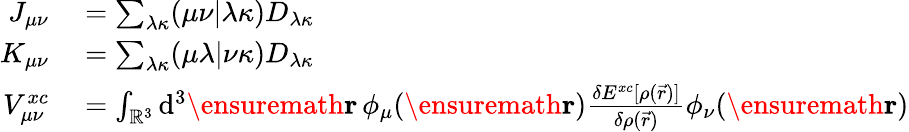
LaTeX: \begin{array}{rl}{J_{\mu\nu}}&{{}=\sum_{\lambda\kappa}(\mu\nu\vert\lambda\kappa)D_{\lambda\kappa}}\\ {K_{\mu\nu}}&{{}=\sum_{\lambda\kappa}(\mu\lambda\vert\nu\kappa)D_{\lambda\kappa}}\\ {V_{\mu\nu}^{xc}}&{{}=\int_{\mathbb{R}^{3}}\mathrm{d}^{3}\ensuremath\mathbf{r}\, \phi_{\mu}(\ensuremath\mathbf{r})\frac{\delta E^{xc}[\rho(\vec{r})]}{\delta\rho(\vec{r})}\phi_{\nu}(\ensuremath\mathbf{r})}\end{array}